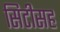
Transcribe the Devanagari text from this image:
सिटीसह